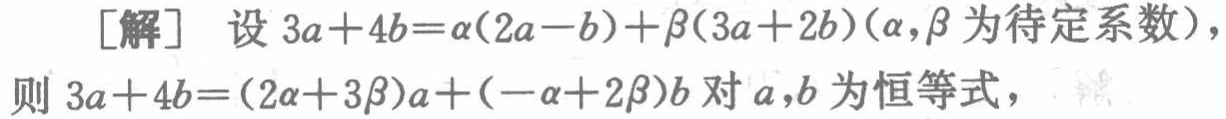
[解] 设 \(3\boldsymbol{a} + 4\boldsymbol{b}=\alpha(2\boldsymbol{a}-\boldsymbol{b})+\beta(3\boldsymbol{a}+2\boldsymbol{b})(\alpha,\beta\) 为待定系数)，

则 \(3\boldsymbol{a} + 4\boldsymbol{b}=(2\alpha + 3\beta)\boldsymbol{a}+(-\alpha + 2\beta)\boldsymbol{b}\) 对 \(\boldsymbol{a},\boldsymbol{b}\) 为恒等式，